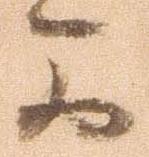
可